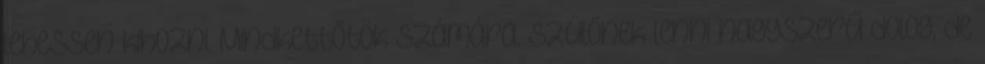
lehessen kihozni. Mindkettőtök számára. Szülőnek lenni nagyszerű dolog, de